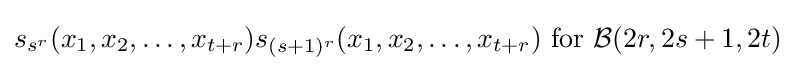
s_{s^{r}}(x_{1},x_{2},\ldots ,x_{t+r})s_{(s+1)^{r}}(x_{1},x_{2},\ldots ,x_{t+r}){\text{ for }}{\mathcal {B}}(2r,2s+1,2t)